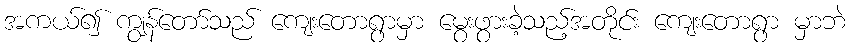
အကယ်၍ ကျွန်တော်သည် ကျေးတောရွာမှာ မွေးဖွားခဲ့သည့်အတိုင်း ကျေးတောရွာ မှာဘဲ